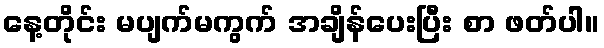
နေ့တိုင်း မပျက်မကွက် အချိန်ပေးပြီး စာ ဖတ်ပါ။